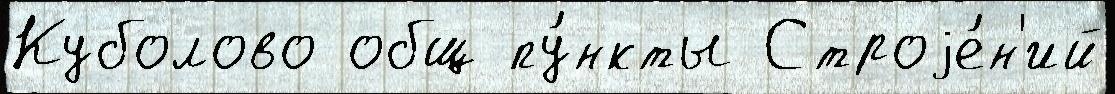
Куболово общ пу́нкты Строjе́н'ий